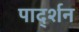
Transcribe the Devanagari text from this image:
पार्द्शन